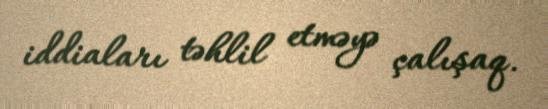
iddiaları təhlil etməyə çalışaq.